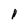
Character: 1